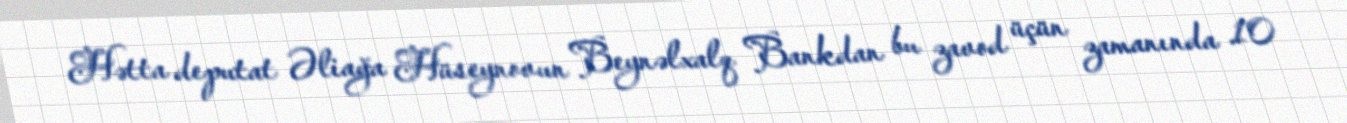
Hətta deputat Əliağa Hüseynovun Beynəlxalq Bankdan bu zavod üçün zamanında 10